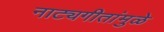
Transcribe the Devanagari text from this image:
नाट्यगीतांमुळे